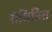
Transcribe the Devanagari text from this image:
सेमिनिस